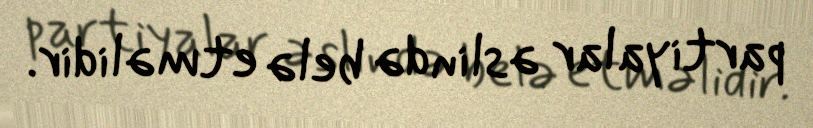
partiyalar əslində belə etməlidir.